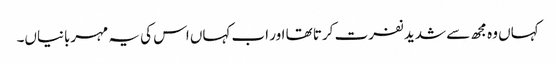
کہاں وہ مجھ سے شدید نفرت کرتا تھا اور اب کہاں اس کی یہ مہربانیاں۔